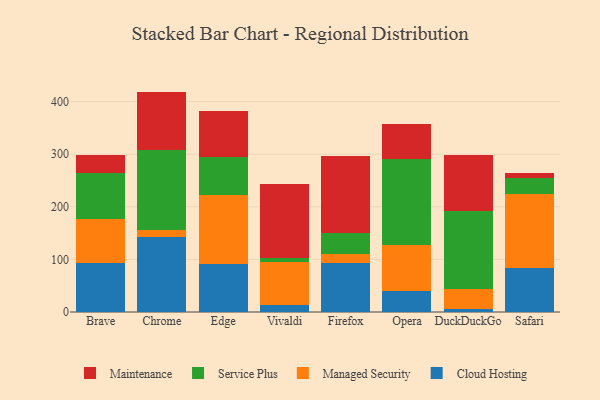
{"axis": {"x": "Browser", "y": "Demand Index"}, "legend": ["Cloud Hosting", "Maintenance", "Managed Security", "Service Plus"], "data": [{"x": "Brave", "y": 93.7, "type": "Cloud Hosting"}, {"x": "Brave", "y": 83.9, "type": "Managed Security"}, {"x": "Brave", "y": 86.8, "type": "Service Plus"}, {"x": "Brave", "y": 34.0, "type": "Maintenance"}, {"x": "Chrome", "y": 143.5, "type": "Cloud Hosting"}, {"x": "Chrome", "y": 12.7, "type": "Managed Security"}, {"x": "Chrome", "y": 152.7, "type": "Service Plus"}, {"x": "Chrome", "y": 110.2, "type": "Maintenance"}, {"x": "Edge", "y": 92.1, "type": "Cloud Hosting"}, {"x": "Edge", "y": 130.0, "type": "Managed Security"}, {"x": "Edge", "y": 72.3, "type": "Service Plus"}, {"x": "Edge", "y": 87.8, "type": "Maintenance"}, {"x": "Vivaldi", "y": 13.1, "type": "Cloud Hosting"}, {"x": "Vivaldi", "y": 81.7, "type": "Managed Security"}, {"x": "Vivaldi", "y": 8.3, "type": "Service Plus"}, {"x": "Vivaldi", "y": 140.1, "type": "Maintenance"}, {"x": "Firefox", "y": 93.2, "type": "Cloud Hosting"}, {"x": "Firefox", "y": 16.3, "type": "Managed Security"}, {"x": "Firefox", "y": 40.1, "type": "Service Plus"}, {"x": "Firefox", "y": 146.4, "type": "Maintenance"}, {"x": "Opera", "y": 39.9, "type": "Cloud Hosting"}, {"x": "Opera", "y": 87.0, "type": "Managed Security"}, {"x": "Opera", "y": 163.6, "type": "Service Plus"}, {"x": "Opera", "y": 67.8, "type": "Maintenance"}, {"x": "DuckDuckGo", "y": 5.3, "type": "Cloud Hosting"}, {"x": "DuckDuckGo", "y": 37.6, "type": "Managed Security"}, {"x": "DuckDuckGo", "y": 150.0, "type": "Service Plus"}, {"x": "DuckDuckGo", "y": 105.1, "type": "Maintenance"}, {"x": "Safari", "y": 83.6, "type": "Cloud Hosting"}, {"x": "Safari", "y": 140.0, "type": "Managed Security"}, {"x": "Safari", "y": 31.3, "type": "Service Plus"}, {"x": "Safari", "y": 10.0, "type": "Maintenance"}]}